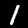
Label: 1